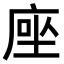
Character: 𫝶